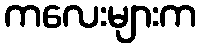
ကလေးများက